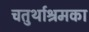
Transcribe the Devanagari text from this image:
चतुर्थाश्रमका